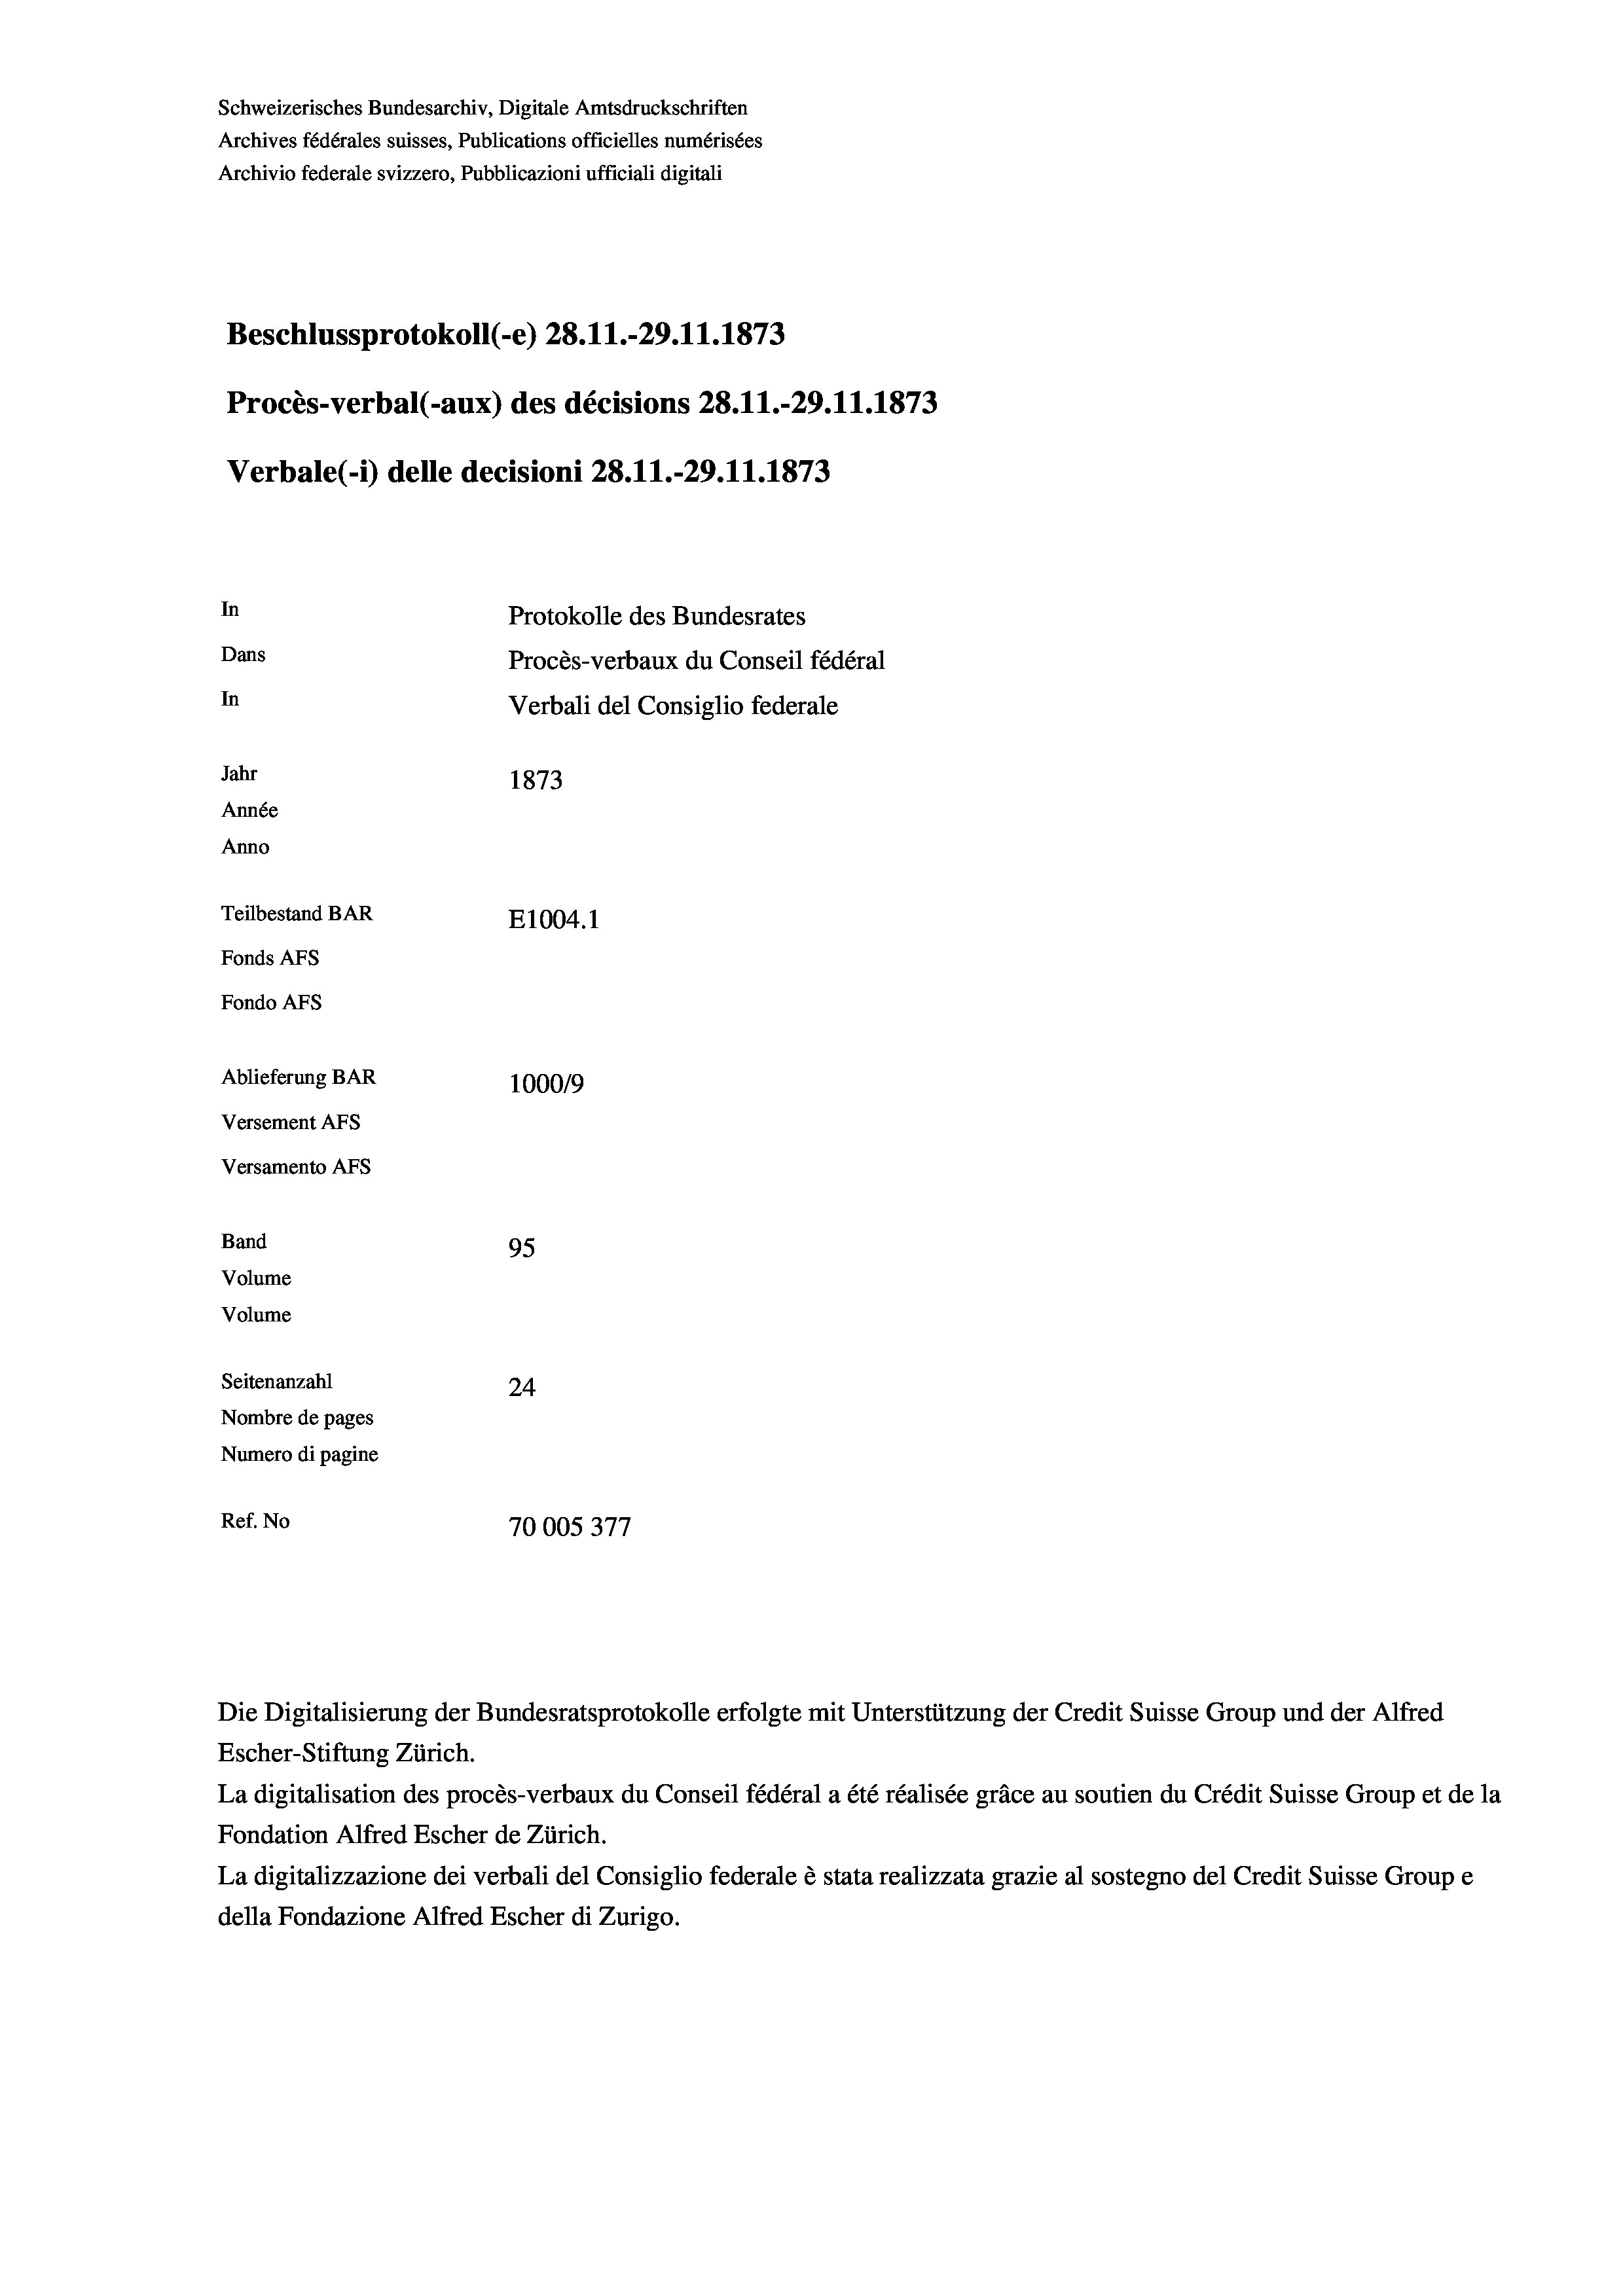
Schweizerisches Bundesarchiv, Digitale Amtsdruckschriften
Archives fédérales suisses, Publications officielles numérisées
Archivio federale svizzero, Pubblicazioni ufficiali digitali
Beschlussprotokoll (-e) 28. 11.-29. 11. 1873
Procès-verbal (-aux) des décisions 28.11.-29.11.1873
Verbale(-*) delle decisioni 28. 11.-29. 11. 1873
In
Protokolle des Bundesrates
Dans
Procès-verbaux du Conseil fédéral
In
Verbali del Consiglio federale
Jahr
1873
Année
Anno
Teilbestand BAR
E1004. 1
Fonds AFs
Fondo AFs
Ablieferung BAR
100019
Versement AFs
Versamento AFs
Band
95
Volume
Volume
Seitenanzahl
24
Nombre de pages
Numero di pagine
Ref. No
70005377

Die Digitalisierung der Bundesratsprotokolle erfolgte mit Unterstützung der Credit Suisse Group und der Alfred
Escher-Stiftung Zürich.
La digitalisation des procès-verbaux du Conseil fédéral a été réalisée gräce au soutien du Crédit Suisse Group et de la
Fondation Alfred Escher de Zürich.
La digitalizzazione dei verbali del Consiglio federale è stata realizzata grazie al sostegno del Credit Suisse Groupe
della Fondazione Alfred Escher di Zurigo.